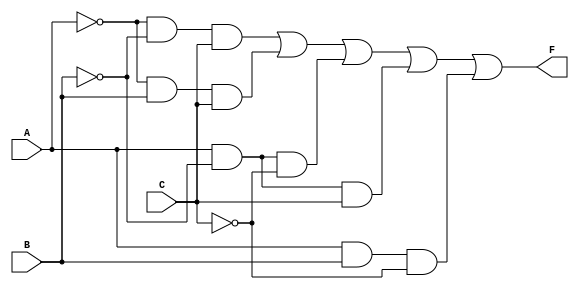
module SOP_Simplification (
    input wire A, // Input A
    input wire B, // Input B
    input wire C, // Input C
    output wire F // Output F
);

// Implementing the SOP expression
assign F = (~A & ~B & C) | (~A & B & C) | (A & ~B & ~C) | (A & ~B & C) | (A & B & ~C);

endmodule